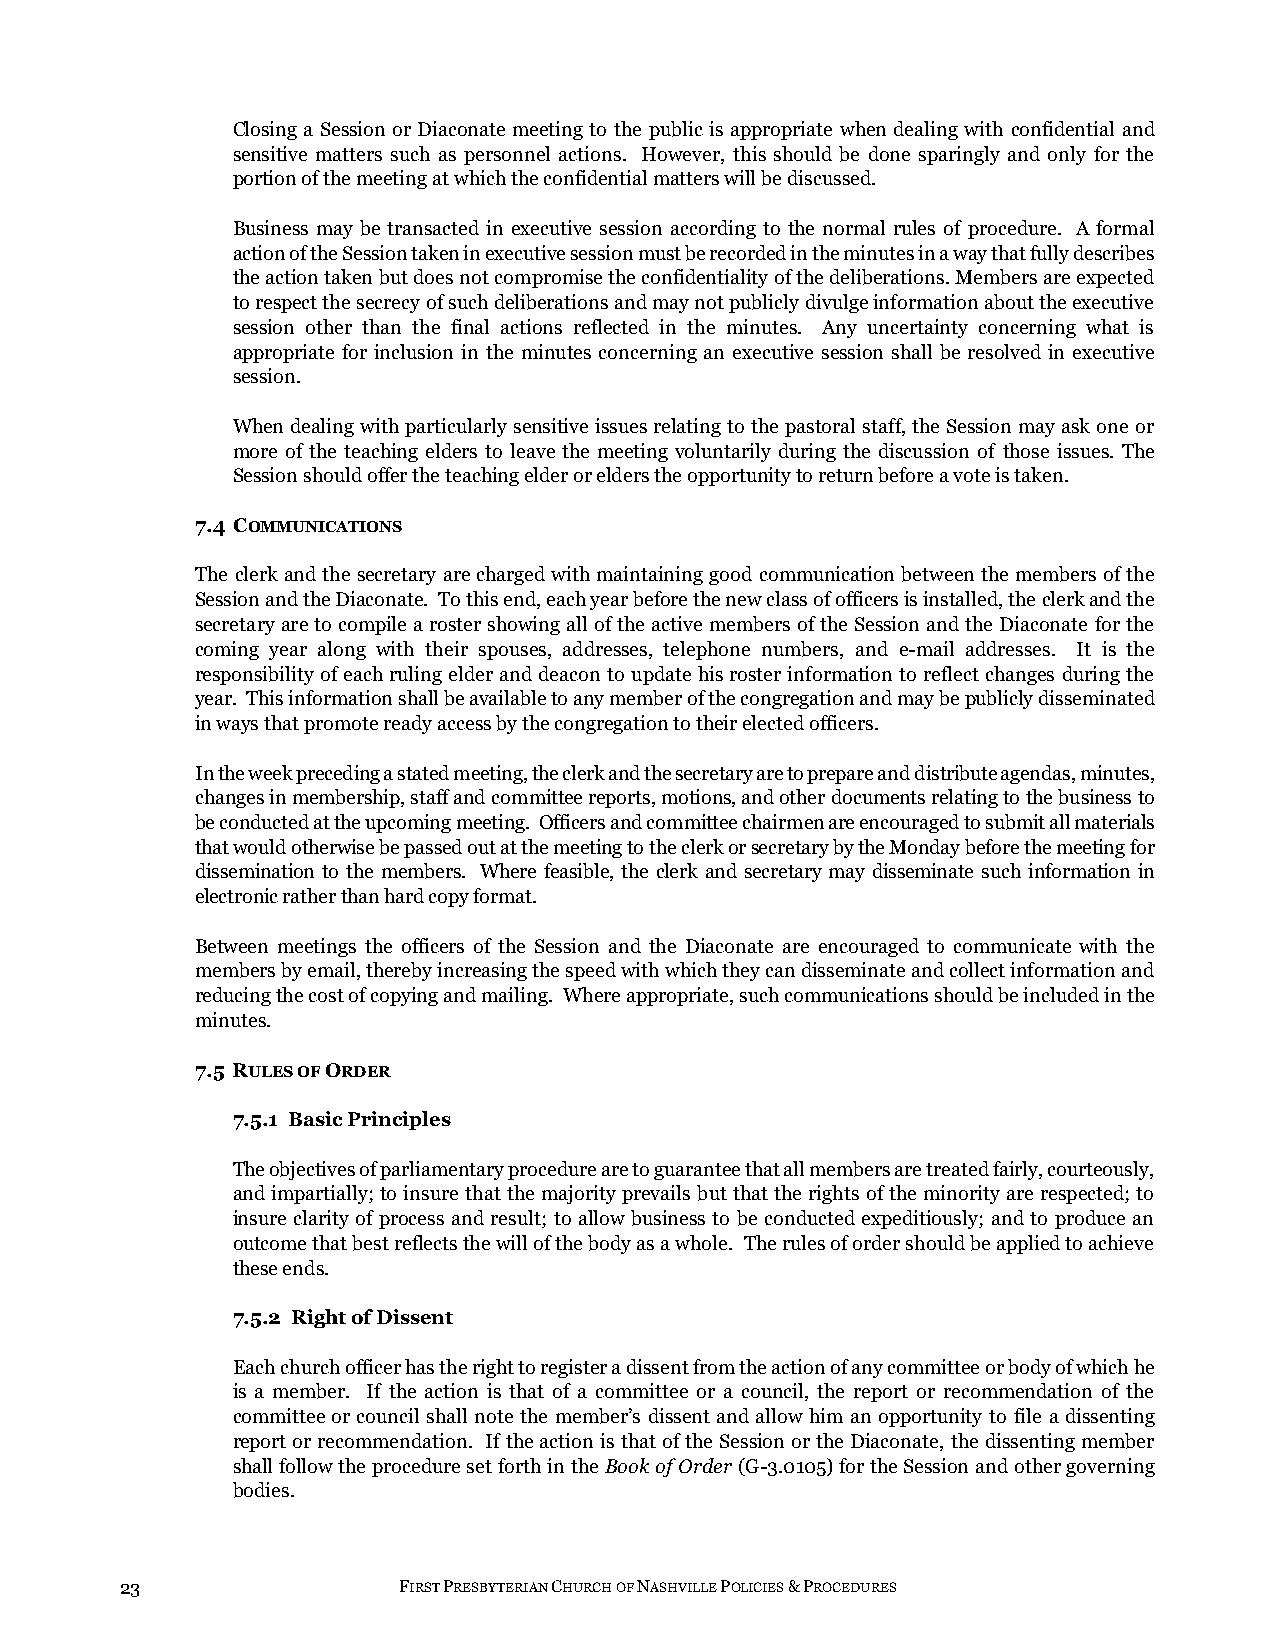
Closing a Session or Diaconate meeting to the public is appropriate when dealing with confidential and
 sensitive matters such as personnel actions. However, this should be done sparingly and only for the
 portion of the meeting at which the confidential matters will be discussed.
 Business may be transacted in executive session according to the normal rules of procedure. A formal
 action of the Session taken in executive session must be recorded in the minutes in a way that fully describes
 the action taken but does not compromise the confidentiality of the deliberations. Members are expected
 to respect the secrecy of such deliberations and may not publicly divulge information about the executive
 session other than the final actions reflected in the minutes. Any uncertainty concerning what is
 appropriate for inclusion in the minutes concerning an executive session shall be resolved in executive
 session.
 When dealing with particularly sensitive issues relating to the pastoral staff, the Session may ask one or
 more of the teaching elders to leave the meeting voluntarily during the discussion of those issues. The
 Session should offer the teaching elder or elders the opportunity to return before a vote is taken.
 7.4 COMMUNICATIONS
 The clerk and the secretary are charged with maintaining good communication between the members of the
 Session and the Diaconate. To this end, each year before the new class of officers is installed, the clerk and the
 secretary are to compile a roster showing all of the active members of the Session and the Diaconate for the
 coming year along with their spouses, addresses, telephone numbers, and e-mail addresses. It is the
 responsibility of each ruling elder and deacon to update his roster information to reflect changes during the
 year. This information shall be available to any member of the congregation and may be publicly disseminated
 in ways that promote ready access by the congregation to their elected officers.
 In the week preceding a stated meeting, the clerk and the secretary are to prepare and distribute agendas, minutes,
 changes in membership, staff and committee reports, motions, and other documents relating to the business to
 be conducted at the upcoming meeting. Officers and committee chairmen are encouraged to submit all materials
 that would otherwise be passed out at the meeting to the clerk or secretary by the Monday before the meeting for
 dissemination to the members. Where feasible, the clerk and secretary may disseminate such information in
 electronic rather than hard copy format.
 Between meetings the officers of the Session and the Diaconate are encouraged to communicate with the
 members by email, thereby increasing the speed with which they can disseminate and collect information and
 reducing the cost of copying and mailing. Where appropriate, such communications should be included in the
 minutes.
 7.5 RULES OF ORDER
 7.5.1 Basic Principles
 The objectives of parliamentary procedure are to guarantee that all members are treated fairly, courteously,
 and impartially; to insure that the majority prevails but that the rights of the minority are respected; to
 insure clarity of process and result; to allow business to be conducted expeditiously; and to produce an
 outcome that best reflects the will of the body as a whole. The rules of order should be applied to achieve
 these ends.
 7.5.2 Right of Dissent
 Each church officer has the right to register a dissent from the action of any committee or body of which he
 is a member. If the action is that of a committee or a council, the report or recommendation of the
 committee or council shall note the member’s dissent and allow him an opportunity to file a dissenting
 report or recommendation. If the action is that of the Session or the Diaconate, the dissenting member
 shall follow the procedure set forth in the Book of Order (G-3.0105) for the Session and other governing
 bodies.
 23                FIRST PRESBYTERIAN CHURCH OF NASHVILLE POLICIES & PROCEDURES